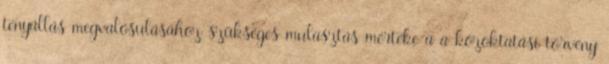
tényállás megvalósulásához szükséges mulasztás mértéke a a közoktatási törvény